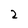
Character: 2